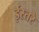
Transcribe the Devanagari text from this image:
ईस्तरे